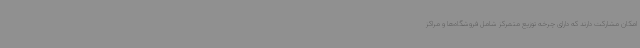
امکان مشارکت دارند که دارای چرخه توزیع متمرکز شامل فروشگاه‌ها و مراکز